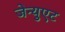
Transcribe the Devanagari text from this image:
जेन्युएट